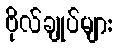
ဗိုလ်ချုပ်များ